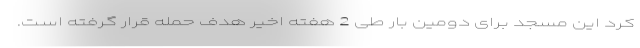
کرد این مسجد برای دومین بار طی 2 هفته اخیر هدف حمله قرار گرفته است.